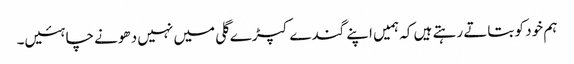
ہم خود کو بتاتے رہتے ہیں کہ ہمیں اپنے گندے کپڑے گلی میں نہیں دھونے چاہئیں۔